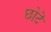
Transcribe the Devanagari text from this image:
छोटॆ